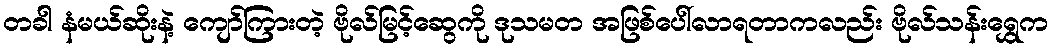
တခါ နံမယ်ဆိုးနဲ့ ကျော်ကြားတဲ့ ဗိုလ်မြင့်ဆွေကို ဒုသမတ အဖြစ်ပေါ်လာရတာကလည်း ဗိုလ်သန်းရွှေက